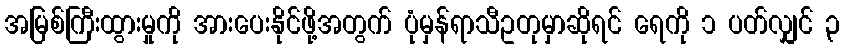
အမြစ်ကြီးထွားမှုကို အားပေးနိုင်ဖို့အတွက် ပုံမှန်ရာသီဥတုမှာဆိုရင် ရေကို ၁ ပတ်လျှင် ၃